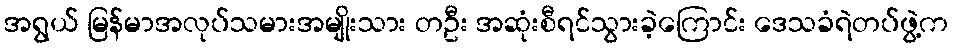
အရွယ် မြန်မာအလုပ်သမားအမျိုးသား တဦး အဆုံးစီရင်သွားခဲ့ကြောင်း ဒေသခံရဲတပ်ဖွဲ့က